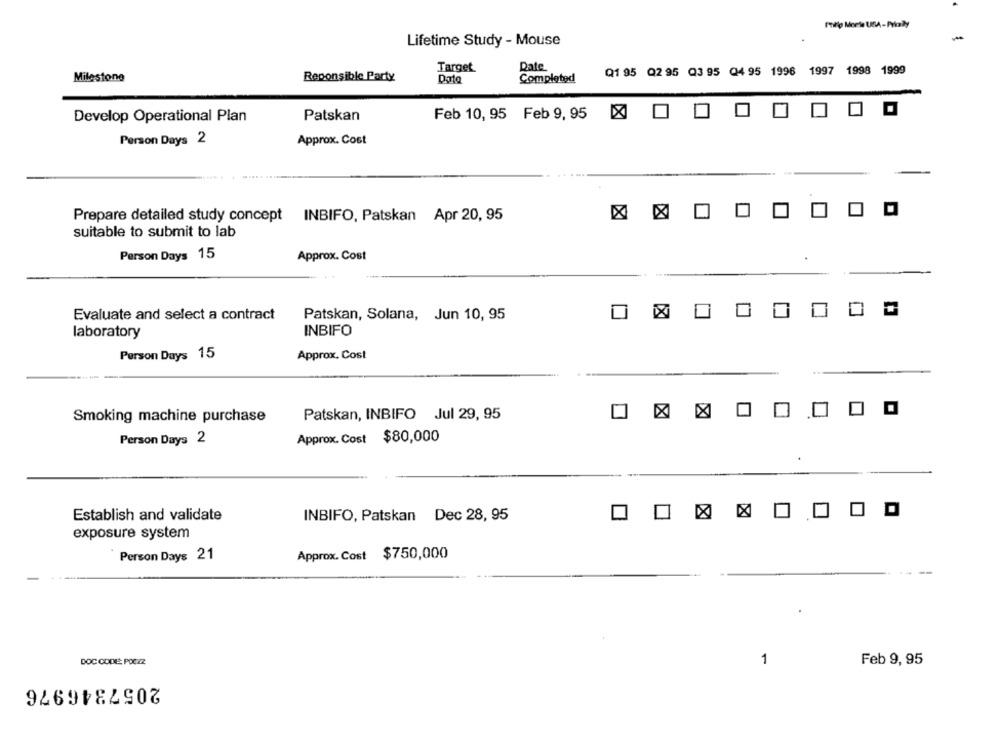
Lifetime Study - Mouse
Date
Target
Q1 95 Q2 95 Q3 95 Q4 95 1996 1997 1998 1999
Milestone
Reponsible Party
Data
Completed
Develop Operational Plan
Patskan
Feb 10, 95 Feb 9, 95
Person Days 2
Approx. Cost
Prepare detailed study concept INBIFO, Patskan Apr 20, 95
suitable to submit to lab
Person Days 15
Approx. Cost
Evaluate and select a contract
Patskan, Solana, Jun 10, 95
laboratory
INBIFO
Person Days 15
Approx. Cost
Patskan, INBIFO Jul 29, 95
Smoking machine purchase
Approx. Cost $80,000
Person Days 2
Establish and validate
INBIFO, Patskan Dec 28, 95
exposure system
Person Days 21
Approx. Cost $750,000
DOC CODE: POCZZ
1
Feb 9, 95
2057346976